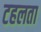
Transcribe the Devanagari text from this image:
टहलता